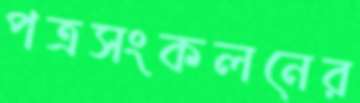
পত্রসংকলনের